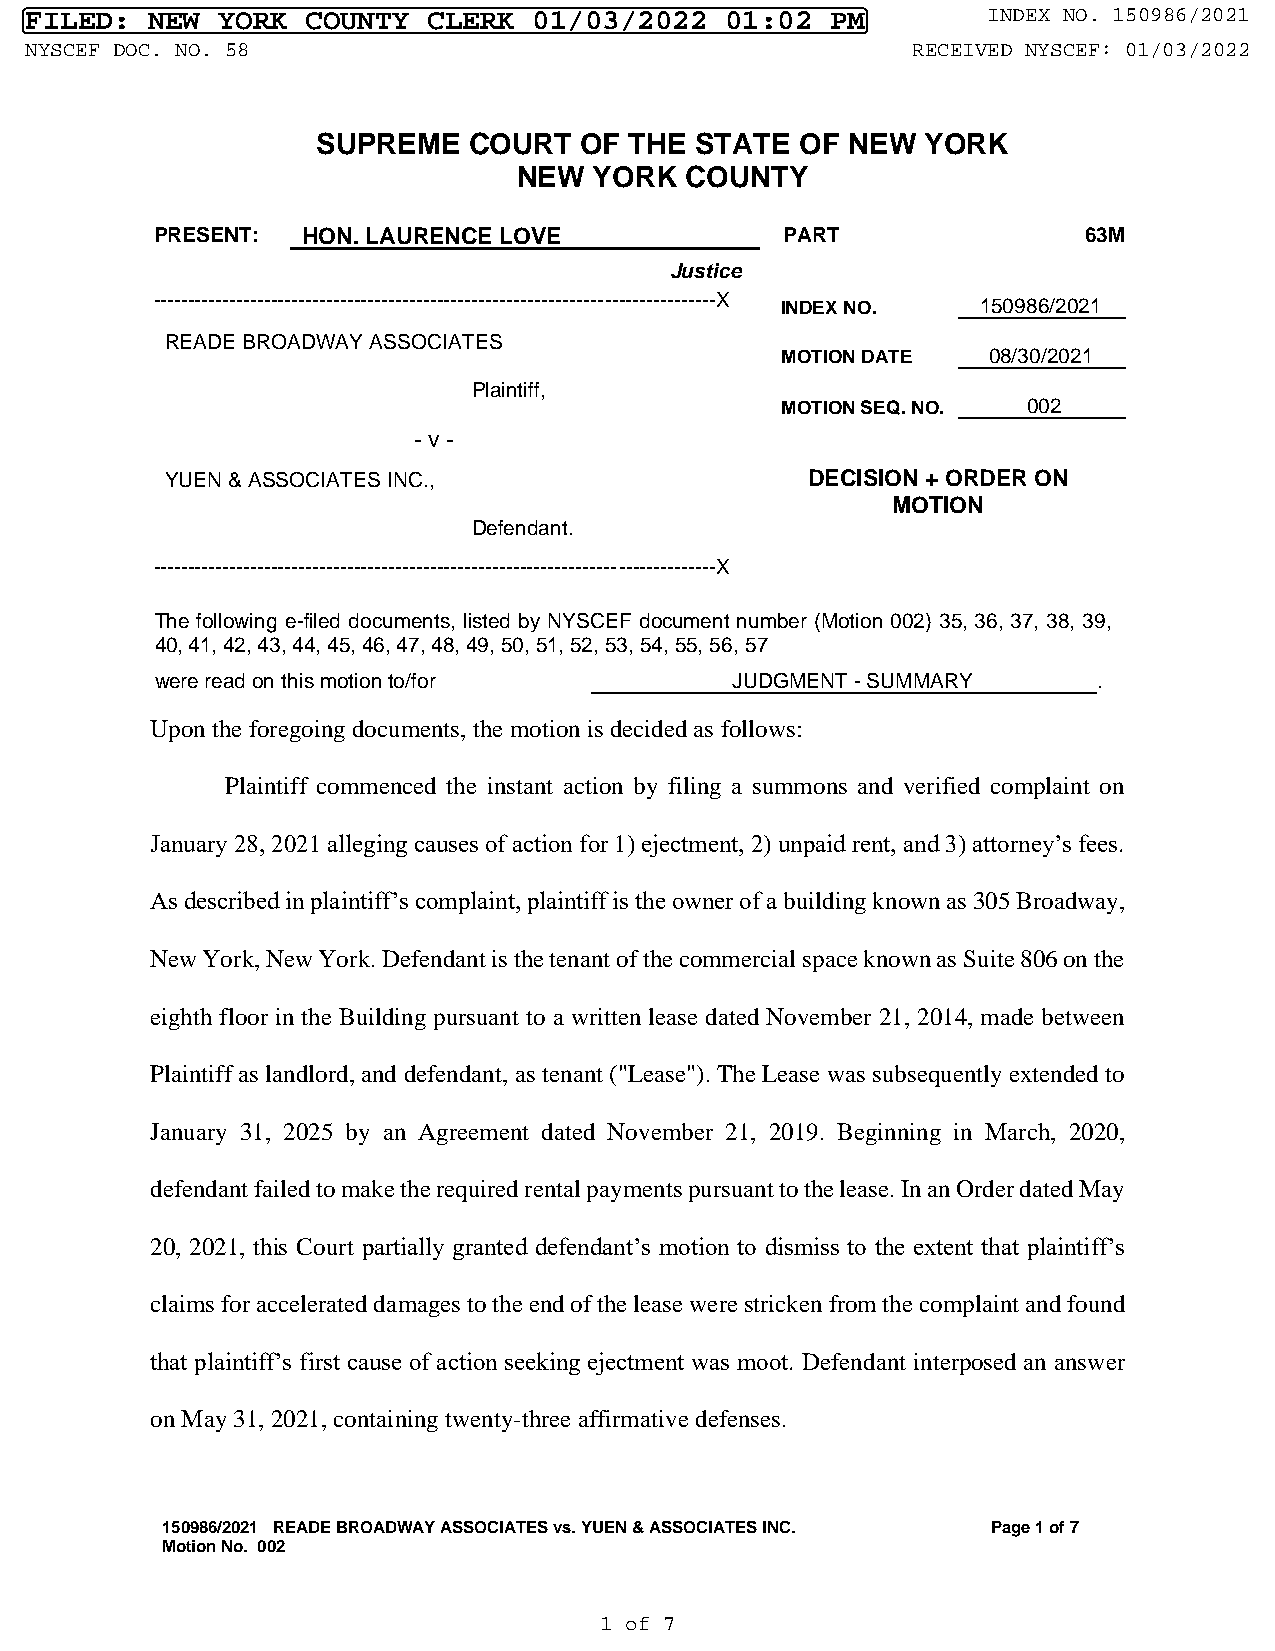
FILED:  NEW YORK  COUNTY  CLERK  01/03/2022   01:02  PM        INDEX NO. 150986/2021
 NYSCEF DOC. NO. 58                                        RECEIVED NYSCEF: 01/03/2022
 SUPREME   COURT  OF  THE STATE  OF NEW  YORK
 NEW  YORK  COUNTY
 PRESENT:  HON. LAURENCE LOVE              PART                63M
 Justice
 ---------------------------------------------------------------------------------X
 INDEX NO.    150986/2021
 READE BROADWAY ASSOCIATES
 MOTION DATE  08/30/2021
 Plaintiff,
 MOTION SEQ. NO. 002
 - v -
 YUEN & ASSOCIATES INC.,                   DECISION + ORDER ON
 MOTION
 Defendant.
 ---------------------------------------------------------------------------------X
 The following e-filed documents, listed by NYSCEF document number (Motion 002) 35, 36, 37, 38, 39,
 40, 41, 42, 43, 44, 45, 46, 47, 48, 49, 50, 51, 52, 53, 54, 55, 56, 57
 were read on this motion to/for       JUDGMENT - SUMMARY       .
 Upon the foregoing documents, the motion is decided as follows:
 Plaintiff commenced the instant action by filing a summons and verified complaint on
 January 28, 2021 alleging causes of action for 1) ejectment, 2) unpaid rent, and 3) attorney’s fees.
 As described in plaintiff’s complaint, plaintiff is the owner of a building known as 305 Broadway,
 New York, New York. Defendant is the tenant of the commercial space known as Suite 806 on the
 eighth floor in the Building pursuant to a written lease dated November 21, 2014, made between
 Plaintiff as landlord, and defendant, as tenant ("Lease"). The Lease was subsequently extended to
 January 31, 2025 by an Agreement dated November 21, 2019. Beginning in March, 2020,
 defendant failed to make the required rental payments pursuant to the lease. In an Order dated May
 20, 2021, this Court partially granted defendant’s motion to dismiss to the extent that plaintiff’s
 claims for accelerated damages to the end of the lease were stricken from the complaint and found
 that plaintiff’s first cause of action seeking ejectment was moot. Defendant interposed an answer
 on May 31, 2021, containing twenty-three affirmative defenses.
 150986/2021 READE BROADWAY ASSOCIATES vs. YUEN & ASSOCIATES INC. Page 1 of 7
 Motion No. 002
 1 of 7